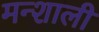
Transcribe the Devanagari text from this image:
मन्शाली